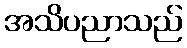
အသိပညာသည်